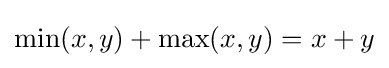
\min(x,y)+\max(x,y)=x+y